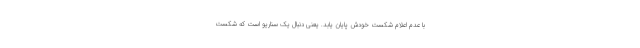
با عدم اعلام شکست خودش پایان یابد. یعنی دنبال یک سناریو است که شکست